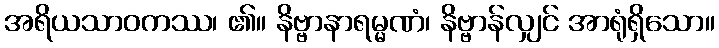
အရိယသာဝကဿ၊ ၏။ နိဗ္ဗာနာရမ္မဏံ၊ နိဗ္ဗာန်လျှင် အာရုံရှိသော။